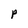
Character: p